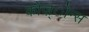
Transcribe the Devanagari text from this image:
कोज़्ोन्स